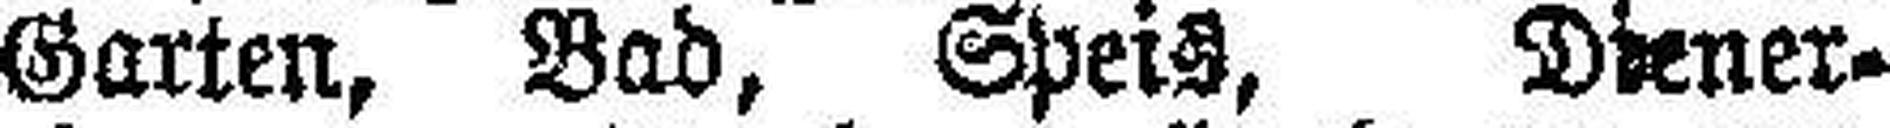
Garten, Bad, Speis, Diener¬